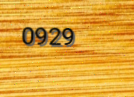
0929